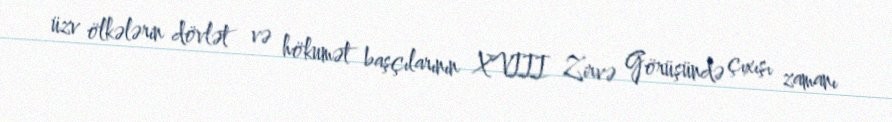
üzv ölkələrin dövlət və hökumət başçılarının XVIII Zirvə Görüşündə çıxışı zamanı